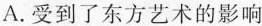
A.受到了东方艺术的影响